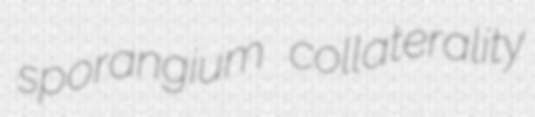
sporangium collaterality